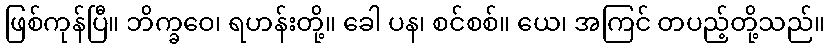
ဖြစ်ကုန်ပြီ။ ဘိက္ခဝေ၊ ရဟန်းတို့။ ခေါ ပန၊ စင်စစ်။ ယေ၊ အကြင် တပည့်တို့သည်။